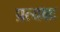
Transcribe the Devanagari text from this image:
प्रत्यक्षः